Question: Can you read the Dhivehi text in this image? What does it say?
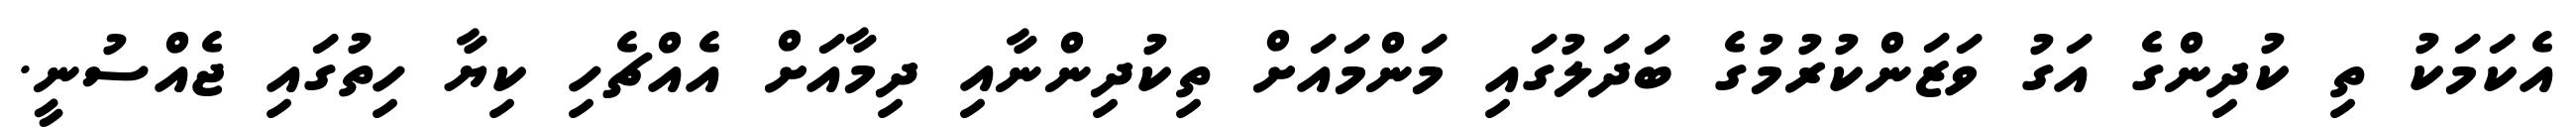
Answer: އެކަމަކު ތި ކުދިންގެ އަގު ވަޒަންކުރުމުގެ ބަދަލުގައި މަންމައަށް ތިކުދިންނާއި ދިމާއަށް އެއްޗެހި ކިޔާ ހިތުގައި ޖެއްސުނީ.